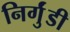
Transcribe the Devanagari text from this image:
निर्गुंडी